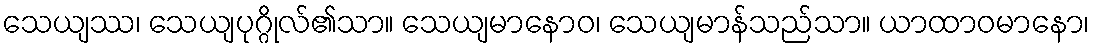
သေယျဿ၊ သေယျပုဂ္ဂိုလ်၏သာ။ သေယျမာနောဝ၊ သေယျမာန်သည်သာ။ ယာထာဝမာနော၊